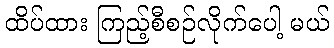
ထိပ်ထား ကြည့်စီစဉ်လိုက်ပေါ့ မယ်